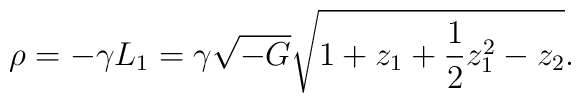
\rho = - \gamma L_1 = \gamma\sqrt{-G} \sqrt{1 + z_1 + {1\over 2} z_1^2 - z_2}.